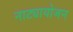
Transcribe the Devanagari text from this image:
नाट्यायोजन